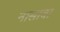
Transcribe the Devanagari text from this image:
नासावा